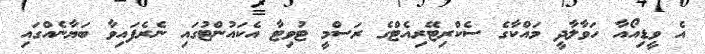
އެ ވީޑިއޯއާ ހަވާލާދީ މައްކާގެ ސެކްރިޓޭރިއެޓްގެ ރަސްމީ ޓުވިޓާ އެކައުންޓުގައި ނެރެފައިވާ ބަޔާނެއްގައި